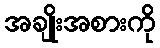
အချိုးအစားကို